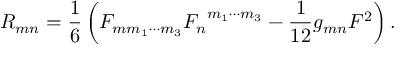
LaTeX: R _ { m n } = \frac { 1 } { 6 } \left( F _ { m m _ { 1 } \cdots m _ { 3 } } { F _ { n } } ^ { m _ { 1 } \cdots m _ { 3 } } - \frac { 1 } { 1 2 } g _ { m n } F ^ { 2 } \right) .